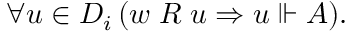
\forall u \in D _ { i } \, ( w \; R \; u \Rightarrow u \Vdash A ) .